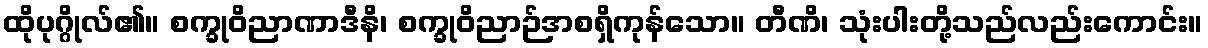
ထိုပုဂ္ဂိုလ်၏။ စက္ခုဝိညာဏာဒီနိ၊ စက္ခုဝိညာဉ်အစရှိကုန်သော။ တီဏိ၊ သုံးပါးတို့သည်လည်းကောင်း။